Senior Leaving Certificate Examination (including Day School Certificate (Higher) General paper), 1948
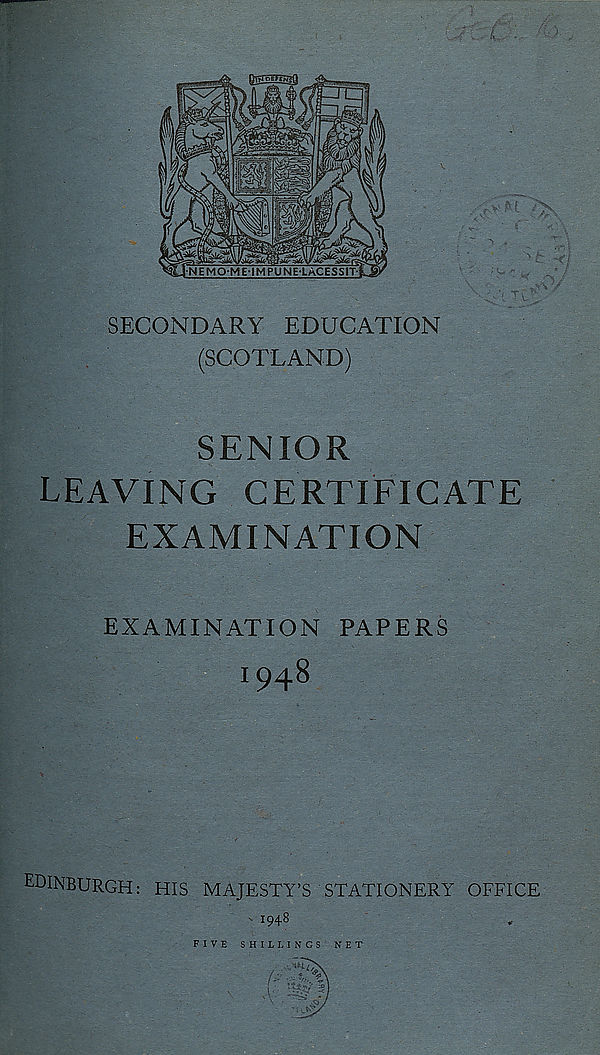
SECONDARY EDUCATION
(SCOTLAND)
SENIOR
LEAVING CERTIFICATE
EXAMINATION
EXAMINATION PAPERS
1948
EDINBURGH: HIS MAJESTY’S STATIONERY OFFICE
' i94 8
FIVE SHILLINGS NET